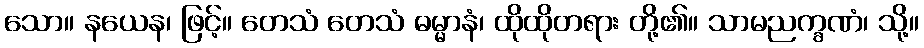
သော။ နယေန၊ ဖြင့်။ တေသံ တေသံ ဓမ္မာနံ၊ ထိုထိုတရား တို့၏။ သာမညက္ခဏံ၊ သို့။